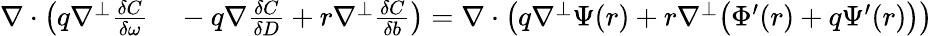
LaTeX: \begin{array}{rl}{\nabla\cdot\left(q\nabla^{\perp}\frac{\delta C}{\delta\omega}\right.}&{{}-\left.q\nabla\frac{\delta C}{\delta D}+r\nabla^{\perp}\frac{\delta C}{\delta b}\right)=\nabla\cdot\left(q\nabla^{\perp}\Psi(r)+r\nabla^{\perp}\big(\Phi^{\prime}(r)+q\Psi^{\prime}(r)\big)\right)}\end{array}